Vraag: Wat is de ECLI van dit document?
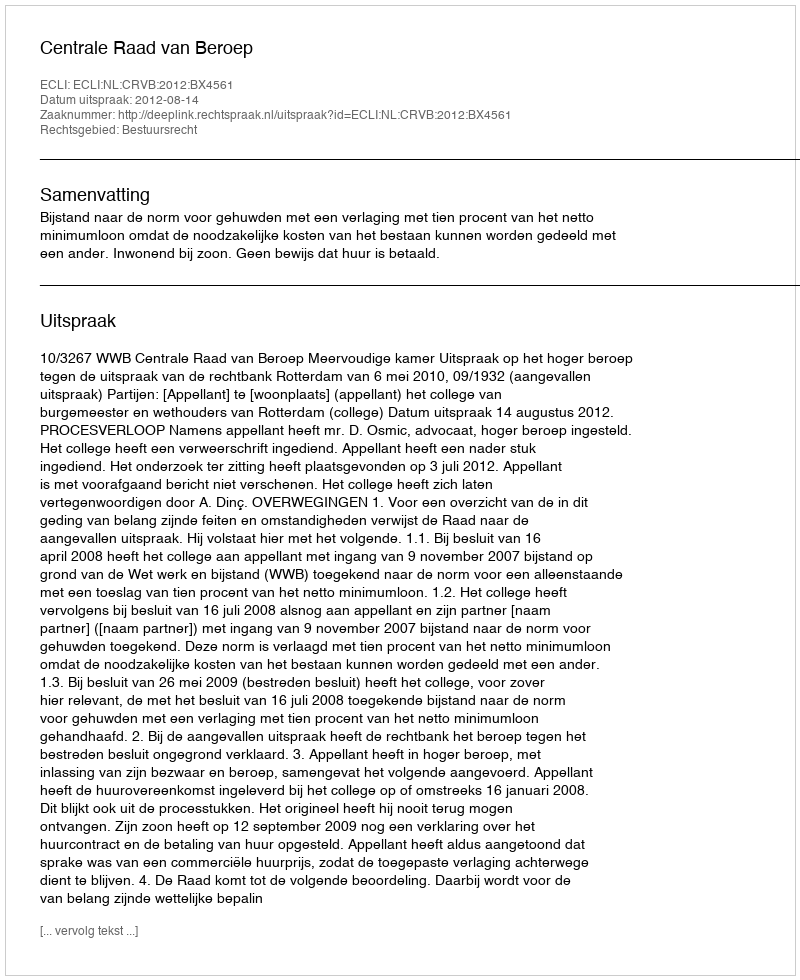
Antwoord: ECLI:NL:CRVB:2012:BX4561